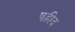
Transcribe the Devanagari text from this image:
षहीद